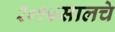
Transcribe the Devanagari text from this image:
२०१५सालचे